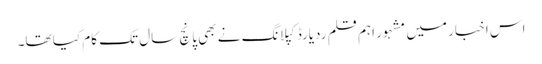
اس اخبار میں مشہور اہم قلم ردیارڈ کپلانگ نے بھی پانچ سال تک کام کیا تھا۔